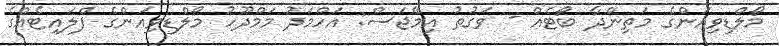
މޯލްޑިވިއަންގެ މަތިންދާ ބޯޓެއް - ވަގުތު އިމޭޖަސް: އަހްމަދު މަމްދޫހު މޯލްޑިވިއަންގެ ފްލައިޓެއްގެ